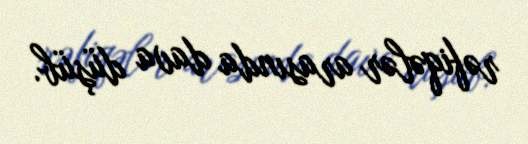
rəfiqələr arasında dava düşüb.